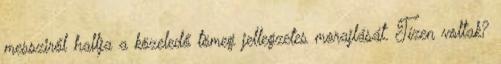
messziről hallja a közeledő tömeg jellegzetes morajlását. Tízen voltak?